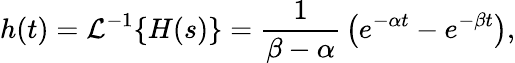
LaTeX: h(t)={\mathcal{L}}^{-1}\{ H(s)\} ={\frac{1}{\beta-\alpha}}\left(e^{-\alpha t}-e^{-\beta t}\right),